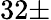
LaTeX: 32\pm